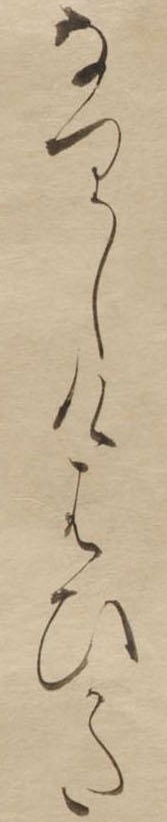
なりしけはひかた